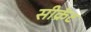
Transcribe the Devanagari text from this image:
सीक्रॅट